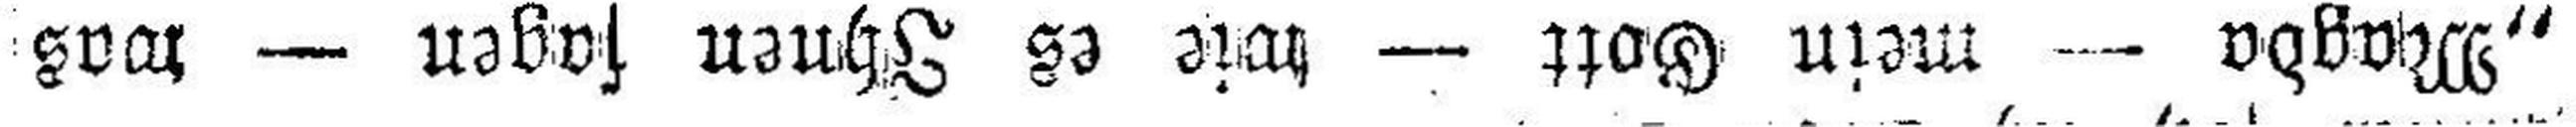
„Magda — mein Gott — wie es Ihnen sagen — was